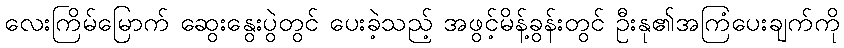
လေးကြိမ်မြောက် ဆွေးနွေးပွဲတွင် ပေးခဲ့သည့် အဖွင့်မိန့်ခွန်းတွင် ဦးနု၏အကြံပေးချက်ကို